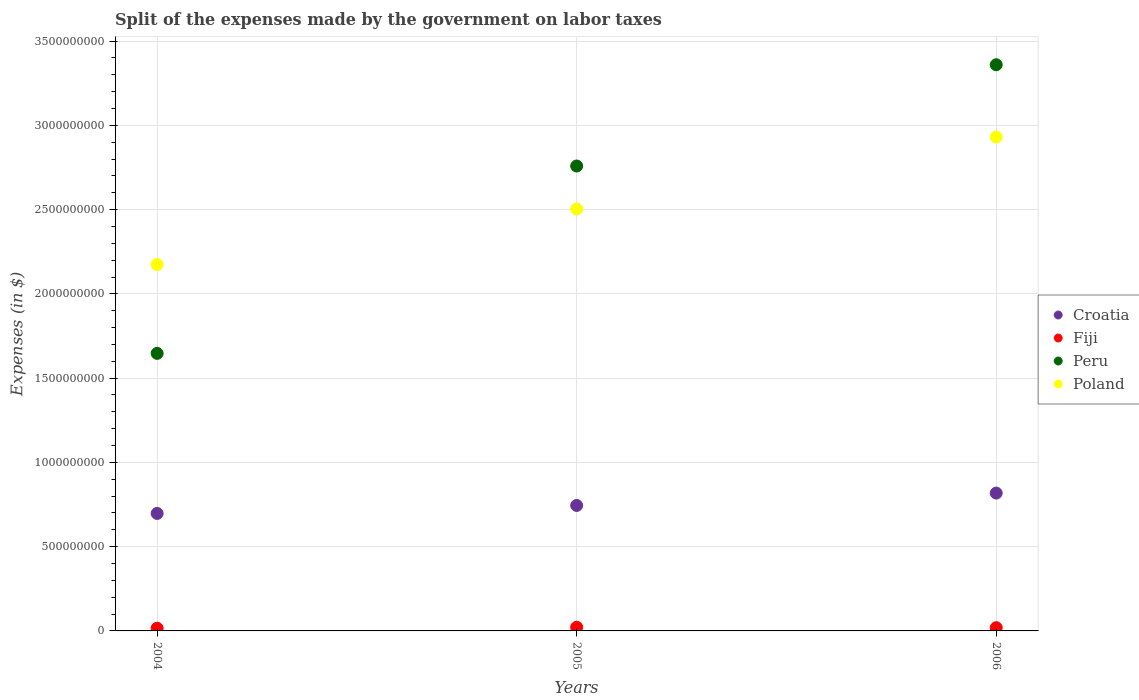
| Years | Croatia | Fiji | Peru | Poland |
 | --- | --- | --- | --- | --- |
 | 2004 | 6.97e+08 | 1.61e+07 | 1.65e+09 | 2.17e+09 |
 | 2005 | 7.44e+08 | 2.17e+07 | 2.76e+09 | 2.5e+09 |
 | 2006 | 8.18e+08 | 1.92e+07 | 3.36e+09 | 2.93e+09 |